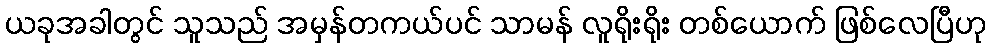
ယခုအခါတွင် သူသည် အမှန်တကယ်ပင် သာမန် လူရိုးရိုး တစ်ယောက် ဖြစ်လေပြီဟု